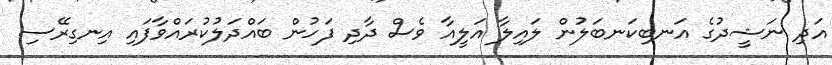
އަދި ނަޝީދުގެ އަނބިކަނބަލުން ލައިލާ އަލީއާ ވެސް ދާދި ފަހުން ބައްދަލުކުރައްވާފައި އިނގިރޭސި